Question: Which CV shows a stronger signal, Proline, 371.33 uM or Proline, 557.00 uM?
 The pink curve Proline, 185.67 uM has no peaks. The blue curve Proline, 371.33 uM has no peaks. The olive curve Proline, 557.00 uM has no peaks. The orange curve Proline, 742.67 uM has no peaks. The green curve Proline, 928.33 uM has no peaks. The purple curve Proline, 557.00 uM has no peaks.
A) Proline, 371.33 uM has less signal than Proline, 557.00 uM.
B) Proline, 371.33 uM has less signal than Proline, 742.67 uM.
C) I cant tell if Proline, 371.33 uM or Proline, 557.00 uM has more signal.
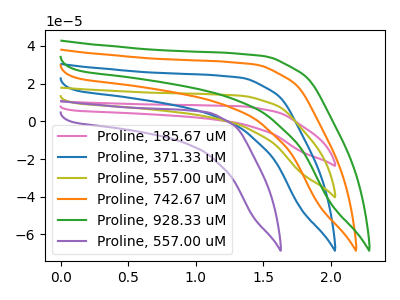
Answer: <think>Neither "Proline, 371.33 uM" or "Proline, 557.00 uM" have any peaks.
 </think>
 <answer>C) I cant tell if "Proline, 371.33 uM" or "Proline, 557.00 uM" has more signal.</answer>
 <eval>C</eval>